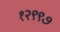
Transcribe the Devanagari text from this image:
१२९९७